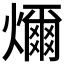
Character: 𤐨